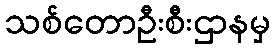
သစ်တောဦးစီးဌာနမှ